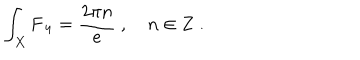
\int _ { X } \mathbf { F _ { 4 } } = \frac { 2 \pi n } { e } \ , \quad n \in { \bf Z } \ .